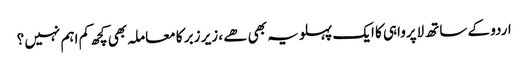
اردو کے ساتھ لاپرواہی کا ایک پہلو یہ بھی ھے ، زیر زبر کا معاملہ بھی کچھ کم اہم نہیں ؟